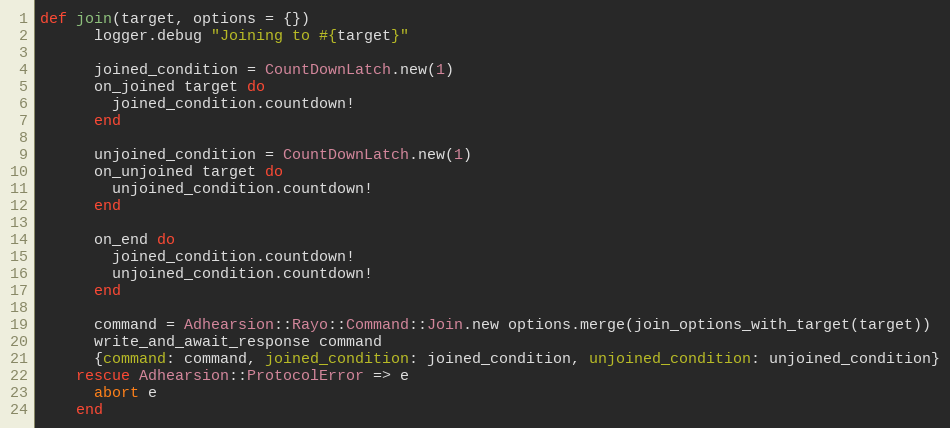
Language: Ruby
def join(target, options = {})
      logger.debug "Joining to #{target}"

      joined_condition = CountDownLatch.new(1)
      on_joined target do
        joined_condition.countdown!
      end

      unjoined_condition = CountDownLatch.new(1)
      on_unjoined target do
        unjoined_condition.countdown!
      end

      on_end do
        joined_condition.countdown!
        unjoined_condition.countdown!
      end

      command = Adhearsion::Rayo::Command::Join.new options.merge(join_options_with_target(target))
      write_and_await_response command
      {command: command, joined_condition: joined_condition, unjoined_condition: unjoined_condition}
    rescue Adhearsion::ProtocolError => e
      abort e
    end